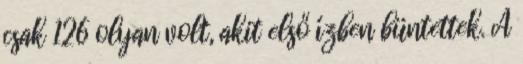
csak 126 olyan volt, akit első ízben büntettek. A